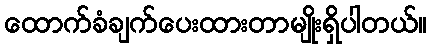
ထောက်ခံချက်ပေးထားတာမျိုးရှိပါတယ်။